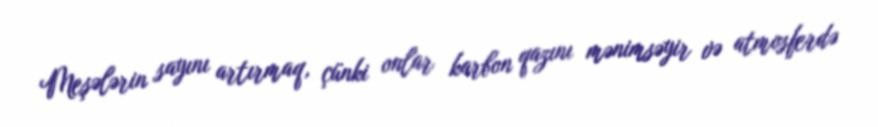
Meşələrin sayını artırmaq, çünki onlar karbon qazını mənimsəyir və atmosferdə